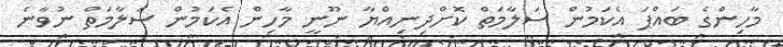
މާހިންގެ ބައްޕަ އެކަމުން ސަލާމަތް ކޮށްދިނިއްޔާ ނޫނީ މާހިން އެކަމުން ސަލާމަތް ނުވާނެ